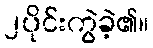
၂ပိုင်းကွဲခဲ့၏။